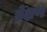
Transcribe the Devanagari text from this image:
बेक्षण